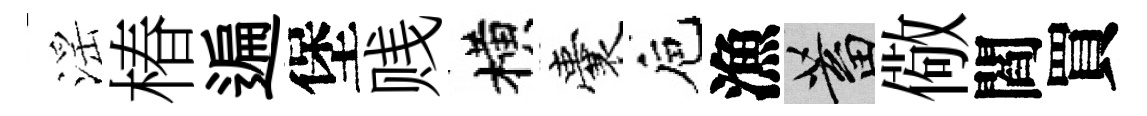
滛椿遍堡贱横囊巵漁蓄儆閻買